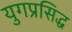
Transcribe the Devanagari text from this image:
युगप्रसिद्ध